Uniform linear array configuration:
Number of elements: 16
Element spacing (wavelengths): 0.25
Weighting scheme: exponential
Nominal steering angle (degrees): -15
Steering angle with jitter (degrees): -15.937
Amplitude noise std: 0.05
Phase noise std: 0.05

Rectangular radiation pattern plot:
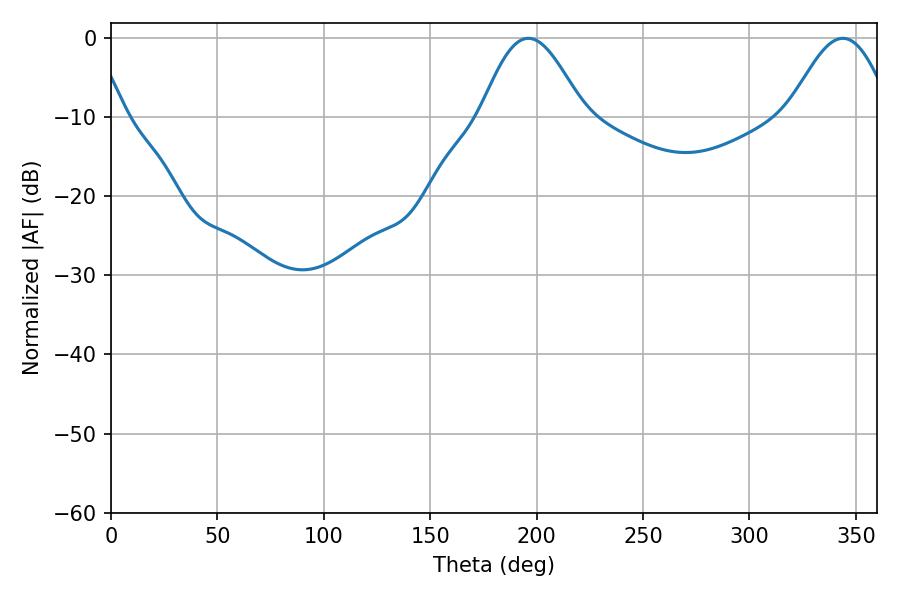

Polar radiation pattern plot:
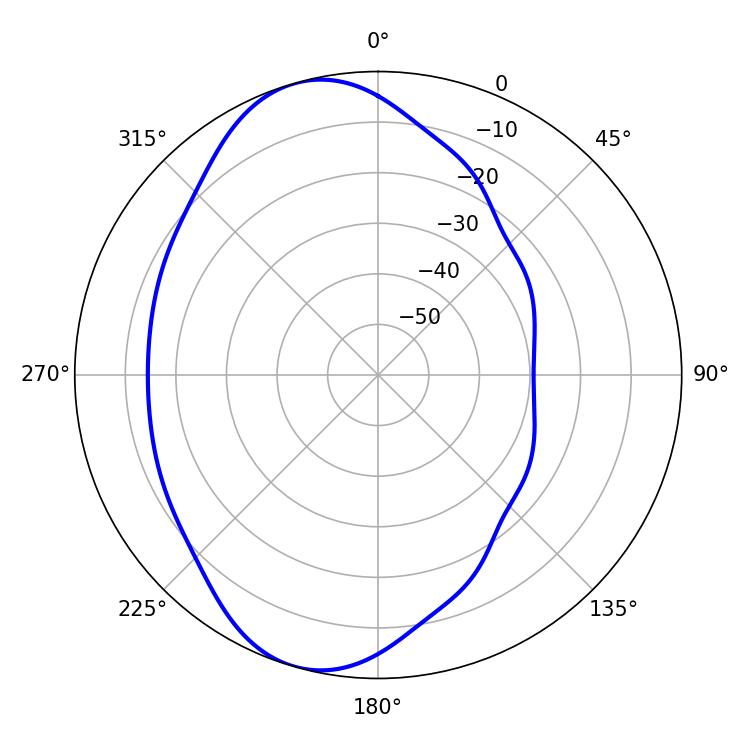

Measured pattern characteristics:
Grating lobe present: FALSE
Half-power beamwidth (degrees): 25.74
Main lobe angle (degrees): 196.2